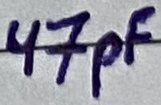
Text: 47pF